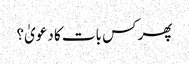
پھر کس بات کا دعویٰ؟